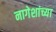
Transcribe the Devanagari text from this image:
नागेशांच्या